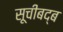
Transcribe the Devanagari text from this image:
सूचीबद्ब